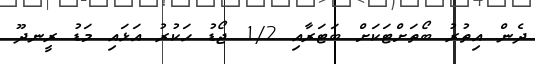
ދެން އިތުރު ބޯތަށްޓަކަށް ބަޓަރާއި 1/2 ޖޯޑު ހަކުރު އަޅައި މަޑު ރީނދޫ